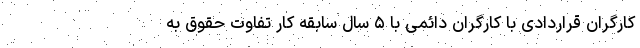
کارگران قراردادی با کارگران دائمی با ۵ سال سابقه کار تفاوت حقوق به